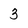
Character: 3